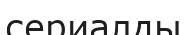
сериалды